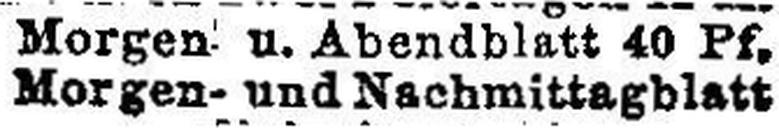
Morgen-und Nachmittagblatt